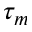
\tau _ { m }